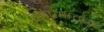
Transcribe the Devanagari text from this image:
सापेक्षतत्व